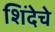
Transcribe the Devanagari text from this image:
शिंदेचे